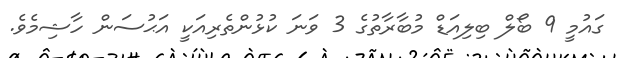
ގައުމީ 9 ބޯލް ބިލިއަޑް މުބާރާތުގެ 3 ވަނަ ކުޅުންތެރިއަކީ އަޙުސަން ހާޝިމެވެ.